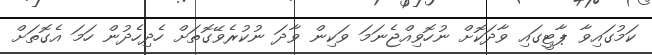
ކަމުގައިވާ ޕާޓީގައި ވާދަކޮށް ނުހޮވިއްޖެނަމަ ވަކިން ވާދަ ނުކުރެވޭގޮތަށް ހެދިހެދުން ހަމަ އެގޮތަށް